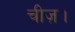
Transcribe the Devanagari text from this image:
चीज़।